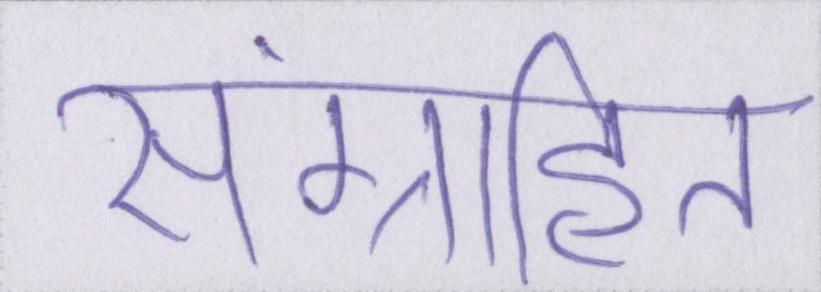
संग्रहित